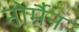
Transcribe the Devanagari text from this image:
नोर्मैन